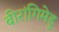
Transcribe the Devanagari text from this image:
बीरांगिमेडु